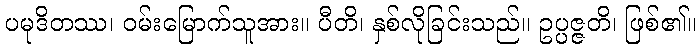
ပမုဒိတဿ၊ ဝမ်းမြောက်သူအား။ ပီတိ၊ နှစ်လိုခြင်းသည်။ ဥပ္ပဇ္ဇတိ၊ ဖြစ်၏။